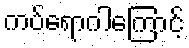
ကပ်ရောဂါကြောင့်